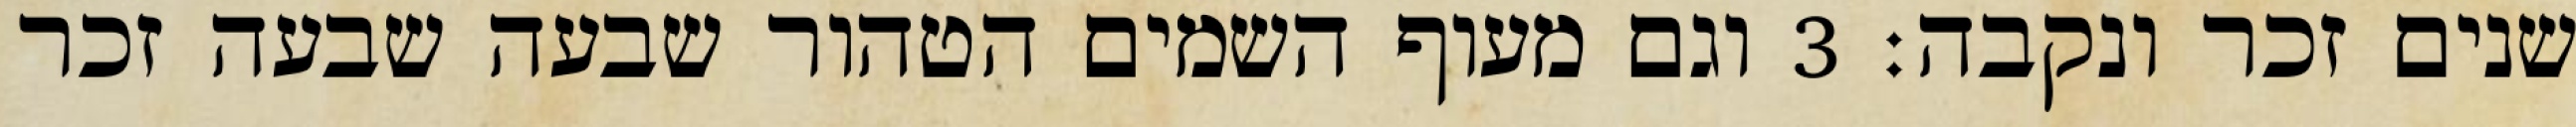
שנים זכר ונקבה׃ ‎3‏ וגם מעוף השמים הטהור שבעה שבעה זכר